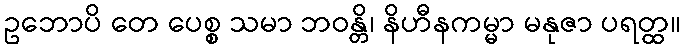
ဥဘောပိ တေ ပေစ္စ သမာ ဘဝန္တိ၊ နိဟီနကမ္မာ မနုဇာ ပရတ္ထ။